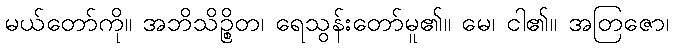
မယ်တော်ကို။ အဘိသိဉ္စိတ၊ ရေသွန်းတော်မူ၏။ မေ၊ ငါ၏။ အတြဇော၊